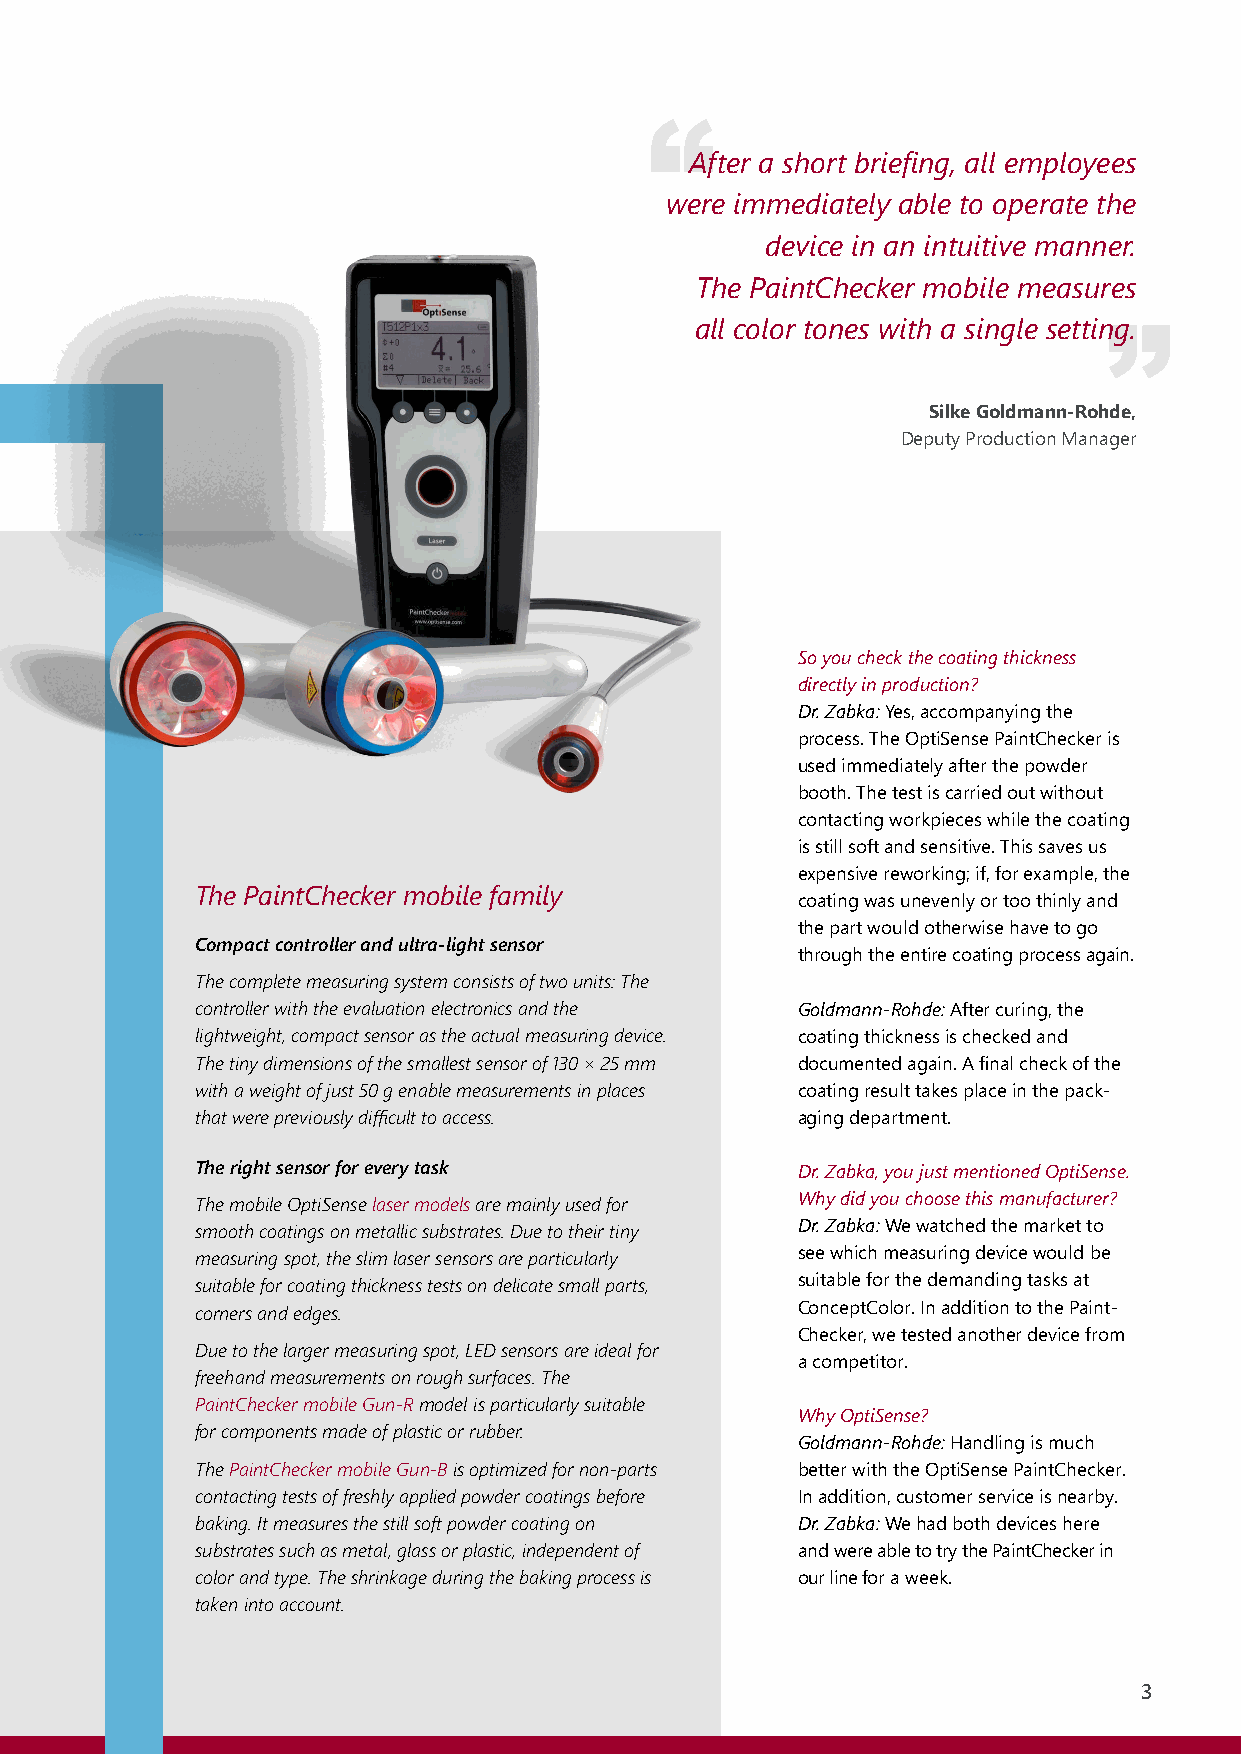
“
 After a short briefing, all employees
 were immediately able to operate the
 device in an intuitive manner.
 „
 The PaintChecker mobile measures
 all color tones with a single setting.
 SilkeGoldmann-Rohde,
 DeputyProductionManager
 Soyoucheckthecoatingthickness
 directlyinproduction?
 Dr.Zabka:Yes,accompanyingthe
 process.TheOptiSensePaintCheckeris
 usedimmediatelyafterthepowder
 booth.Thetestiscarriedoutwithout
 contactingworkpieceswhilethecoating
 isstillsoftandsensitive.Thissavesus
 expensivereworking;if,forexample,the
 The PaintChecker mobile family
 coatingwasunevenlyortoothinlyand
 thepartwouldotherwisehavetogo
 Compactcontrollerandultra-lightsensor
 throughtheentirecoatingprocessagain.
 Thecompletemeasuringsystemconsistsoftwounits:The
 controllerwiththeevaluationelectronicsandthe Goldmann-Rohde:Aftercuring,the
 lightweight,compactsensorastheactualmeasuringdevice. coatingthicknessischeckedand
 Thetinydimensionsofthesmallestsensorof130×25mm documentedagain.Afinalcheckofthe
 withaweightofjust50genablemeasurementsinplaces coatingresulttakesplaceinthepack-
 thatwerepreviouslydifficulttoaccess.    agingdepartment.
 Therightsensorforeverytask              Dr.Zabka,youjustmentionedOptiSense.
 ThemobileOptiSenselasermodelsaremainlyusedfor Whydidyouchoosethismanufacturer?
 smoothcoatingsonmetallicsubstrates.Duetotheirtiny Dr.Zabka:Wewatchedthemarketto
 measuringspot,theslimlasersensorsareparticularly seewhichmeasuringdevicewouldbe
 suitableforcoatingthicknesstestsondelicatesmallparts, suitableforthedemandingtasksat
 cornersandedges.                        ConceptColor.InadditiontothePaint-
 Checker,wetestedanotherdevicefrom
 Duetothelargermeasuringspot,LEDsensorsareidealfor
 acompetitor.
 freehandmeasurementsonroughsurfaces.The
 PaintCheckermobileGun-Rmodelisparticularlysuitable
 WhyOptiSense?
 forcomponentsmadeofplasticorrubber.
 Goldmann-Rohde:Handlingismuch
 ThePaintCheckermobileGun-Bisoptimizedfornon-parts betterwiththeOptiSensePaintChecker.
 contactingtestsoffreshlyappliedpowdercoatingsbefore Inaddition,customerserviceisnearby.
 baking.Itmeasuresthestillsoftpowdercoatingon Dr.Zabka:Wehadbothdeviceshere
 substratessuchasmetal,glassorplastic,independentof andwereabletotrythePaintCheckerin
 colorandtype.Theshrinkageduringthebakingprocessis ourlineforaweek.
 takenintoaccount.
 3